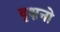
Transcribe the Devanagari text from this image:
वृक्षनो